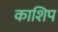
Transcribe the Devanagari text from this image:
काशिप